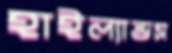
হাইল্যান্ডস